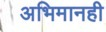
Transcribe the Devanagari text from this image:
अभिमानही